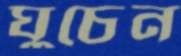
ঘুচেন